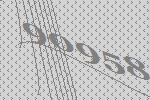
90958